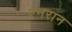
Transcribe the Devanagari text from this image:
एनरान